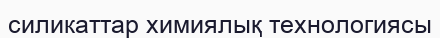
силикаттар химиялық технологиясы